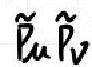
\(\tilde{\beta}_u \tilde{\beta}_v\)